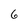
Character: 6